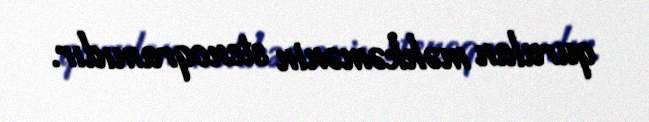
qurulan məhkəmənin stenoqramıdır.